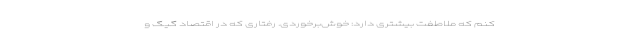
کنم که ملاطفت بیشتری دارد: خوش‌برخوردی. رفتاری که در اقتصاد گیگ و